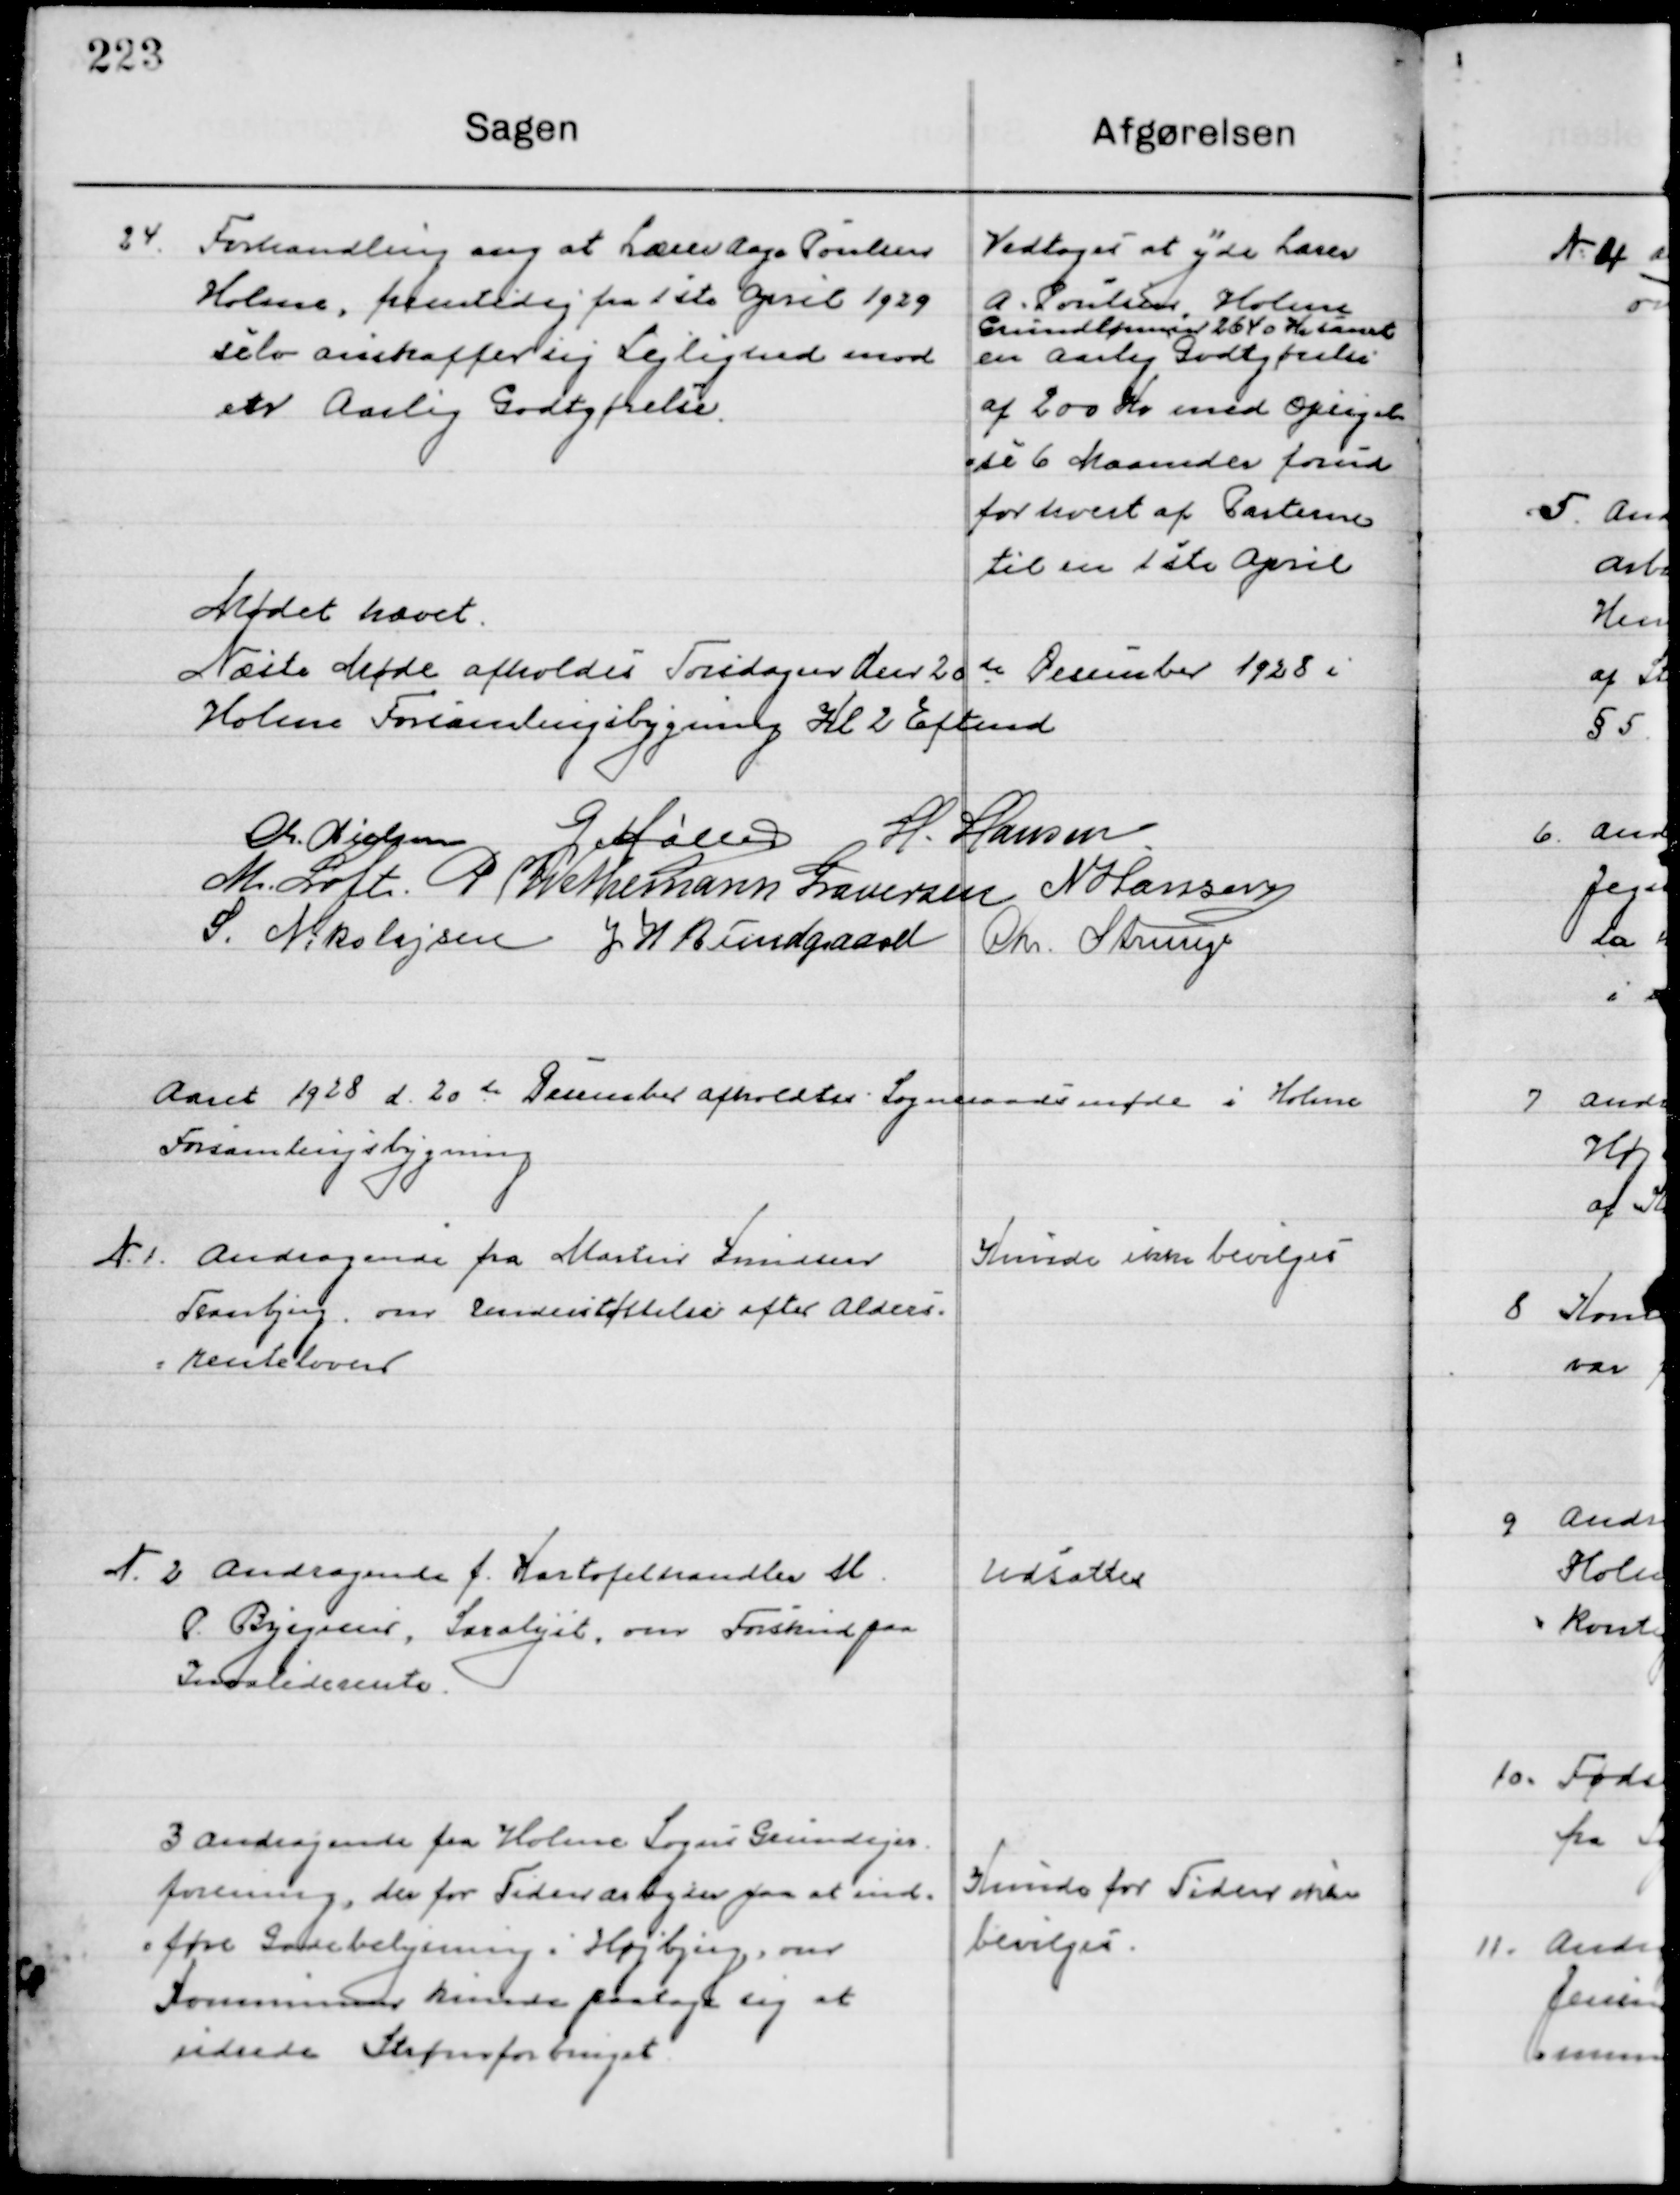
Transskription:
24

Forhandling ang. Lærer Aage Poulsen
Holme, fremtidig fra 1ste April 1929
selv anskaffer sig Lejlighed mod
et Aarlig Godtgørelse.

Vedtoges at yde Lærer
A. Poulsen, Holme
Grundlønnen 2640 Kr. samt
en Aarlig Godtgørelse
af 200 Kr. med Opsigelse 
de 6 Maaneder forud
for hvert af Parterne
til en 1ste April

Mødet hævet
Næste Møde afholdes Torsdag den 20de December 1928 i 
Holme Forsamlingsbygning Kl. 2 Eftermd.

M. Nielsen
G. Møller
H. Hansen
M. Loft
P. Wethemann Graversen
N. Hansen
S. N. Nikolajsen
J. W. Bundgaard
Chr. Strunge

Aaret 1928 d. 20de December afholdtes Sogneraadsmøde i Holme 
Forsamlingsbygning

1

Andragende fra Martin Knudsen
Tranbjerg, om Understøttelse efter Alders-
renteloven.

Kunde ikke Bevilgedes

2

Andragende f. Kartoffelhandler M.
P. Bygreen, Saralyst, om Forskud paa
Invalide rente.

Udsættes

3

Andragende fra Holme Sogns Grundejer-
forening, der for tiden arbejder paa at ind-
føre Gadebelysning i Højbjerg, om 
Kommunen kunde paatage sig at
udrede Strømforbruget.

Kunde for Tiden ikke
bevilgedes